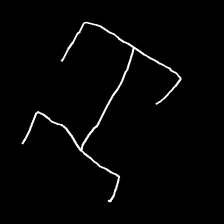
Glyph: entwine